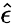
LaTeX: \hat{\epsilon}